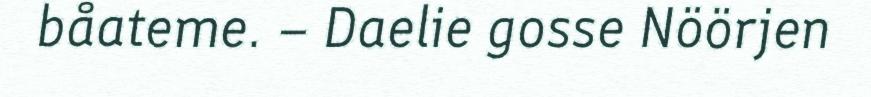
båateme. – Daelie gosse Nöörjen